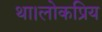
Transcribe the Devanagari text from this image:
था।लोकप्रिय